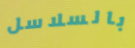
بالسلاسل